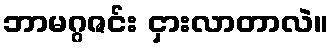
ဘာမဂ္ဂဇင်း ငှားလာတာလဲ။